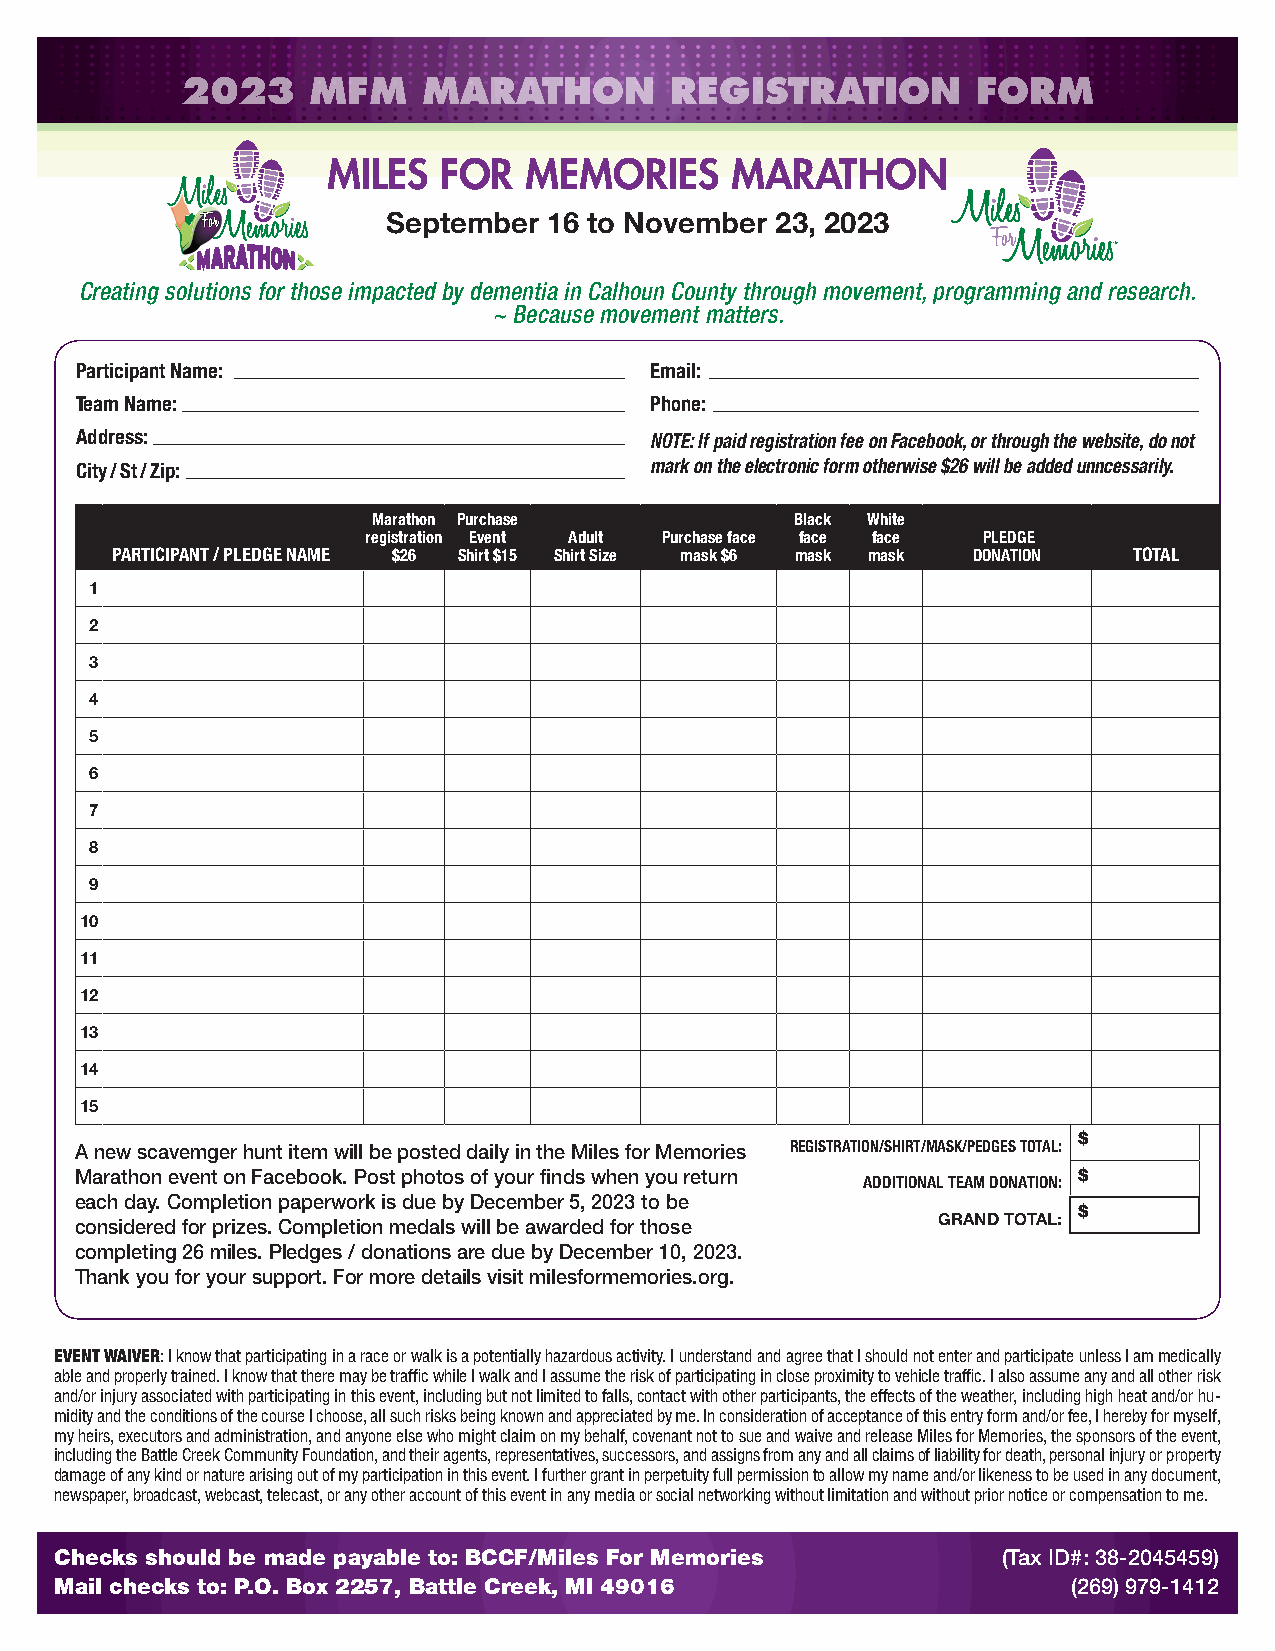
2023    MFM     MARATHON        REGISTRATION         FORM
 MILES  FOR   MEMORIES     MARATHON
 September 16 to November 23, 2023
 TM
 Creating solutions for those impacted by dementia in Calhoun County through movement, programming and research.
 ~ Because movement matters.
 Participant Name:                     Email:
 Team Name:                            Phone:
 Address:                              NOTE: If paid registration fee on Facebook, or through the website, do not
 City / St / Zip:                      mark on the electronic form otherwise $26 will be added unncessarily.
 Marathon Purchase           Black White
 registration Event Adult Purchase face face face PLEDGE
 PARTICIPANT / PLEDGE NAME $26 Shirt $15 Shirt Size mask $6 mask mask DONATION TOTAL
 1
 2
 3
 4
 5
 6
 7
 8
 9
 10
 11
 12
 13
 14
 15
 $
 A new scavemger hunt item will be posted daily in the Miles for Memories REGISTRATION/SHIRT/MASK/PEDGES TOTAL:
 Marathon event on Facebook. Post photos of your finds when you return $
 ADDITIONAL TEAM DONATION:
 each day. Completion paperwork is due by December 5, 2023 to be
 $
 considered for prizes. Completion medals will be awarded for those GRAND TOTAL:
 completing 26 miles. Pledges / donations are due by December 10, 2023.
 Thank you for your support. For more details visit milesformemories.org.
 EVENT WAIVER: I know that participating in a race or walk is a potentially hazardous activity. I understand and agree that I should not enter and participate unless I am medically
 able and properly trained. I know that there may be traffic while I walk and I assume the risk of participating in close proximity to vehicle traffic. I also assume any and all other risk
 and/or injury associated with participating in this event, including but not limited to falls, contact with other participants, the effects of the weather, including high heat and/or hu-
 midity and the conditions of the course I choose, all such risks being known and appreciated by me. In consideration of acceptance of this entry form and/or fee, I hereby for myself,
 my heirs, executors and administration, and anyone else who might claim on my behalf, covenant not to sue and waive and release Miles for Memories, the sponsors of the event,
 including the Battle Creek Community Foundation, and their agents, representatives, successors, and assigns from any and all claims of liability for death, personal injury or property
 damage of any kind or nature arising out of my participation in this event. I further grant in perpetuity full permission to allow my name and/or likeness to be used in any document,
 newspaper, broadcast, webcast, telecast, or any other account of this event in any media or social networking without limitation and without prior notice or compensation to me.
 Checks should be made payable to: BCCF/Miles For Memories     (Tax ID#: 38-2045459)
 Mail checks to: P.O. Box 2257, Battle Creek, MI 49016              (269) 979-1412